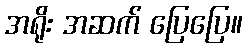
အရိုး အဆက် ပြေပြေ။